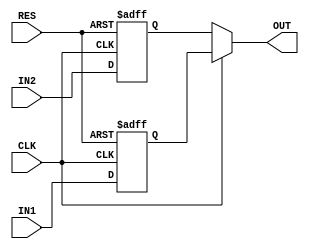
module MUX_2to1 (IN1, IN2, CLK, RES, OUT);

	 parameter BW = 6;

	 input signed [BW+14:0] IN1, IN2;
	 input CLK, RES;
	 output signed [BW+14:0] OUT;

	 reg signed [BW+14:0] OUT1, OUT2;

	  always @(posedge CLK or posedge RES) begin
		if( RES == 1'b1) begin
			OUT1 <= 0;
			OUT2 <= 0;
		end
		else begin
			OUT1 <= IN1;
			OUT2 <= IN2;
	 end
	 end

	assign OUT = CLK ? OUT1 : OUT2;

endmodule